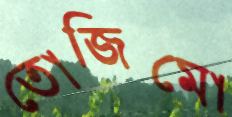
তোজিম্বো